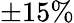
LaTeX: \pm 15\%